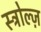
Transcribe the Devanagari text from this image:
स्ट्रोल्ज़